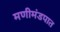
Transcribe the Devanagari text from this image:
मणीमंडपात